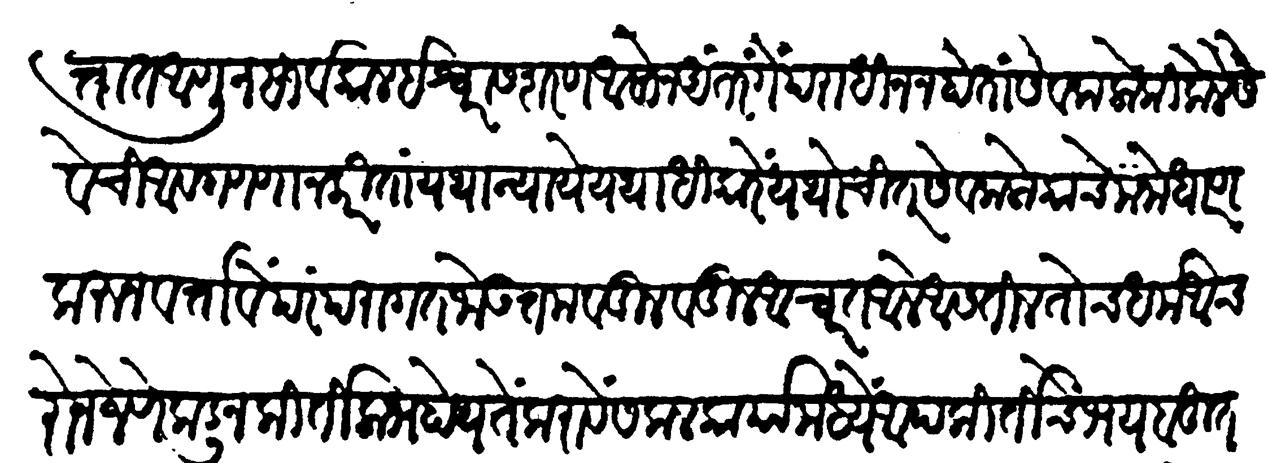
Transliteration (Devanagari): चित्तात आणून सार्वकाळ ईश्वरास शरण आसोंन अंतरंगें पराधीन न होतां सेवक लोकीं केले सेवेची आवगणणा न करितां यथान्यायें यथाधिकारें यथोचित सेवक लोक यांचें मनोधारण करून वतावें परंपरागत जो उत्तम वडील वडील आचरीत आले आसतील तोच धर्म आचरोन जेणेकडून कीर्ति लाभ होय तें करावें सकल कार्यामध्ये आपकीर्तीचे भय बहुत